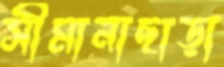
সীমানাছাড়া